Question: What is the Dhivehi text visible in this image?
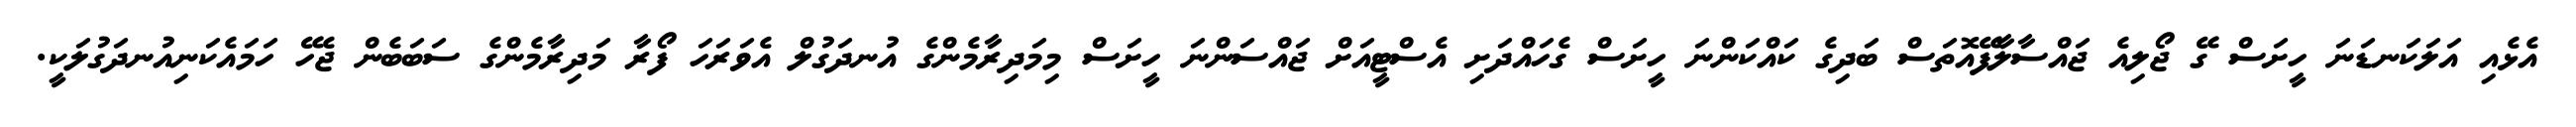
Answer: އެޅެއި އަލަކަނޑަނަ ހީށަސް ގޭ ޖޯލިއެ ޖައްސާލާފޭއޮތަސް ބަދިގެ ކައްކަންނަ ހީށަސް ގެހައްދަށި އެސްޓީއަށް ޖައްސަންނަ ހީށަސް މިމަދިރާމެންގެ އުނދަގުލް އެވަރަހަ ފޯރާ މަދިރާމެންގެ ސަބަބެން ޖެހޭ ހަމައެކަނިއުނދަގުލަކީ.